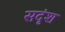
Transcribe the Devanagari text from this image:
सदृंश